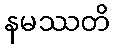
နမဿတိ